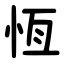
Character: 恆